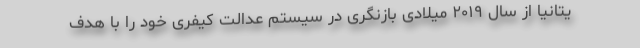
یتانیا از سال ۲۰۱۹ میلادی بازنگری در سیستم عدالت کیفری خود را با هدف